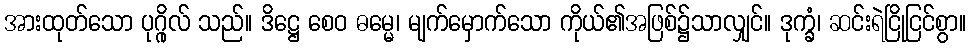
အားထုတ်သော ပုဂ္ဂိုလ် သည်။ ဒိဋ္ဌေ စေဝ ဓမ္မေ၊ မျက်မှောက်သော ကိုယ်၏အဖြစ်၌သာလျှင်။ ဒုက္ခံ၊ ဆင်းရဲငြိုငြင်စွာ။